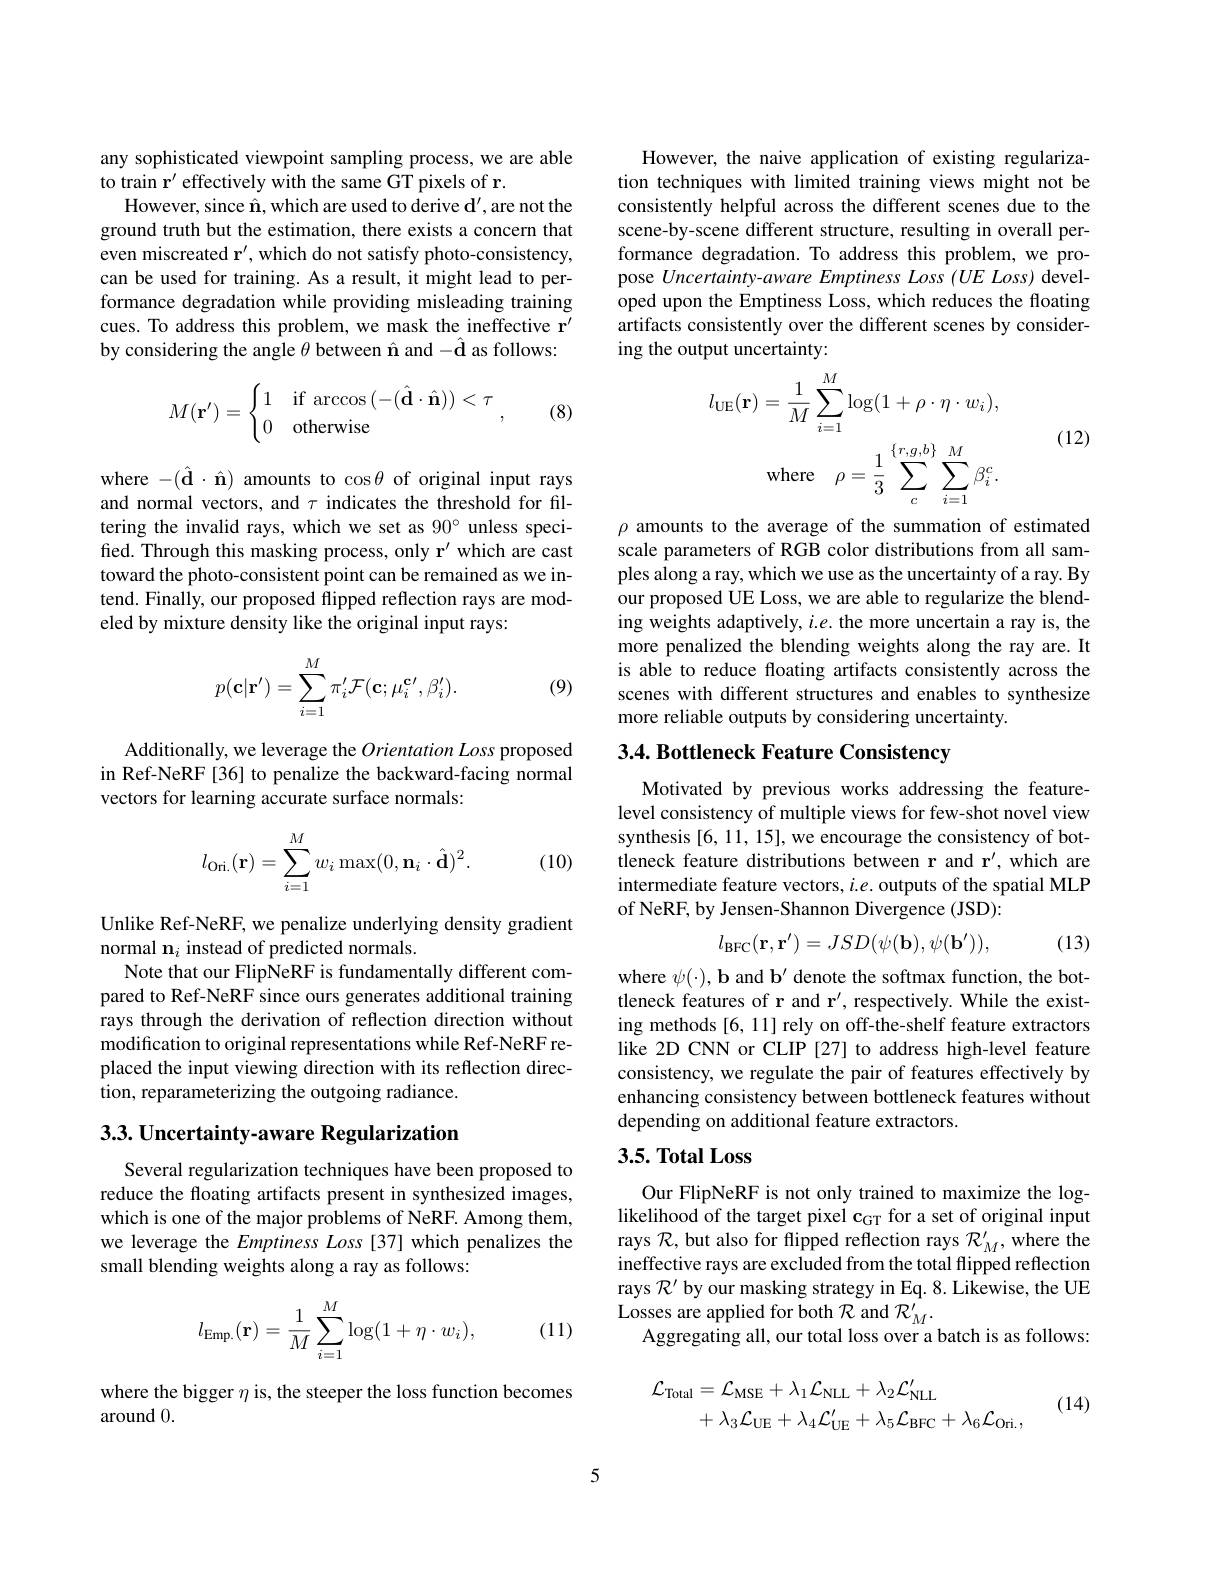
any sophisticated viewpoint sampling process, we are able
to train r' effectively with the same GT pixels of r.
However, since în, which are used to derive $\mathbf{d}^\prime$,are not the ground truth but the estimation, there exists a concern that even miscreated $\mathbf{r}^{\prime}$, which do not satisfy photo-consistency, can be used for training. As a result, it might lead to performance degradation while providing misleading training cues. To address this problem, we mask the ineffective r' by considering the angle $\theta\text{ between \^{n}and-\hat{\mathbf{d}}asfollows:}$
$$M(\mathbf{r}')=\begin{cases}1&\text{if}\arccos{(-(\hat{\mathbf{d}}\cdot\hat{\mathbf{n}}))}<\tau\\0&\text{otherwise}\end{cases},$$
(8)

where $-(\hat{\mathbf{d}}\cdot\hat{\mathbf{n}})$ amounts to $\cos\theta$ of original input rays and normal vectors, and $\tau$ indicates the threshold for filtering the invalid rays, which we set as 90° unless specifed. Through this masking process, only r' which are cast toward the photo-consistent point can be remained as we intend. Finally, our proposed flipped reflection rays are modeled by mixture density like the original input rays:
$$p(\mathbf{c}|\mathbf{r}')=\sum_{i=1}^M\pi_i'\mathcal{F}(\mathbf{c};\mu_i^{\mathbf{c}'},\beta_i').$$
(9)

Additionally, we leverage the Orientation Loss proposed in Ref-NeRF [36] to penalize the backward-facing normal vectors for learning accurate surface normals:
$$l_{\mathrm{Ori.}}(\mathbf{r})=\sum_{i=1}^Mw_i\max(0,\mathbf{n}_i\cdot\hat{\mathbf{d}})^2.$$
(10)

Unlike Ref-NeRF, we penalize underlying density gradient
normal $\mathbf{n}_i$ instead of predicted normals.
Note that our FlipNeRF is fundamentally different compared to Ref-NeRF since ours generates additional training rays through the derivation of reflection direction without modification to original representations while Ref-NeRF replaced the input viewing direction with its reflection direction, reparameterizing the outgoing radiance.

## 3.3. Uncertainty-aware Regularization

Several regularization techniques have been proposed to reduce the floating artifacts present in synthesized images, which is one of the major problems of NeRF. Among them, we leverage the Emptiness Loss [37] which penalizes the small blending weights along a ray as follows:
$$l_{\mathrm{Emp.}}(\mathbf{r})=\frac{1}{M}\sum_{i=1}^{M}\log(1+\eta\cdot w_{i}),$$
(11)

where the bigger $\eta$ is, the steeper the loss function becomes
around 0.

However, the naive application of existing regularization techniques with limited training views might not be consistently helpful across the different scenes due to the scene-by-scene different structure, resulting in overall performance degradation. To address this problem, we propose Uncertainty-aware Emptiness Loss (UE Loss) developed upon the Emptiness Loss, which reduces the floating artifacts consistently over the different scenes by considering the output uncertainty:
$$l_{\mathrm{UE}}(\mathbf{r})=\frac{1}{M}\sum_{i=1}^{M}\log(1+\rho\cdot\eta\cdot w_{i}),\\\mathrm{where}\quad\rho=\frac{1}{3}\sum_{c}^{\{r,g,b\}}\sum_{i=1}^{M}\beta_{i}^{c}.$$
(12)

$\rho$ amounts to the average of the summation of estimated scale parameters of RGB color distributions from all samples along a ray, which we use as the uncertainty of a ray. By our proposed UE Loss, we are able to regularize the blending weights adaptively, $i.e.$ the more uncertain a ray is, the more penalized the blending weights along the ray are. It is able to reduce floating artifacts consistently across the scenes with different structures and enables to synthesize more reliable outputs by considering uncertainty.

## 3.4. Bottleneck Feature Consistency

Motivated by previous works addressing the featurelevel consistency of multiple views for few-shot novel view synthesis [6, 11, 15], we encourage the consistency of bottleneck feature distributions between r and r', which are intermediate feature vectors, $i.e.$ outputs of the spatial MLP of NeRF, by Jensen-Shannon Divergence (JSD):
$$l_{\mathrm{BFC}}(\mathbf{r},\mathbf{r}')=JSD(\psi(\mathbf{b}),\psi(\mathbf{b}')),$$
(13)

where $\psi(\cdot),\textbf{b and b}^{\prime}$ denote the softmax function, the bottleneck features of r and r', respectively. While the existing methods [6, 11] rely on off-the-shelf feature extractors like 2D CNN or CLIP [27] to address high-level feature consistency, we regulate the pair of features effectively by enhancing consistency between bottleneck features without depending on additional feature extractors.

## 3.5. Total Loss

Our FlipNeRF is not only trained to maximize the loglikelihood of the target pixel c$_\mathrm{GT}$ for a set of original input rays $\mathcal{R}$,but also for flipped reflection rays $\mathcal{R}_M^\prime$, where the ineffective rays are excluded from the total flipped reflection rays $\mathcal{R}^\prime$ by our masking strategy in Eq. 8. Likewise, the UE Losses are applied for both $\mathcal{R}$ and $\mathcal{R}_M^{\prime}.$
Aggregating all, our total loss over a batch is as follows:
$$\begin{aligned}\mathcal{L}_{\mathrm{Total}}&=\mathcal{L}_{\mathrm{MSE}}+\lambda_{1}\mathcal{L}_{\mathrm{NLL}}+\lambda_{2}\mathcal{L}_{\mathrm{NLL}}'\\&+\lambda_{3}\mathcal{L}_{\mathrm{UE}}+\lambda_{4}\mathcal{L}_{\mathrm{UE}}^{\prime}+\lambda_{5}\mathcal{L}_{\mathrm{BFC}}+\lambda_{6}\mathcal{L}_{\mathrm{Ori.}},\end{aligned}$$
(14)

5